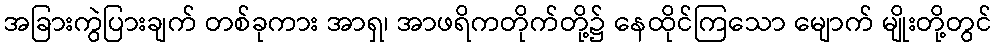
အခြားကွဲပြားချက် တစ်ခုကား အာရှ၊ အာဖရိကတိုက်တို့၌ နေထိုင်ကြသော မျောက် မျိုးတို့တွင်